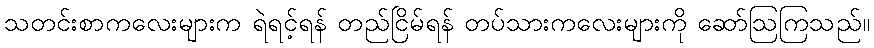
သတင်းစာကလေးများက ရဲရင့်ရန် တည်ငြိမ်ရန် တပ်သားကလေးများကို ဆော်ဩကြသည်။